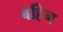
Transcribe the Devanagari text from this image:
बहिन